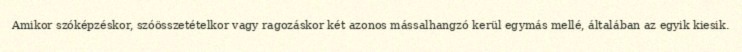
Amikor szóképzéskor, szóösszetételkor vagy ragozáskor két azonos mássalhangzó kerül egymás mellé, általában az egyik kiesik.